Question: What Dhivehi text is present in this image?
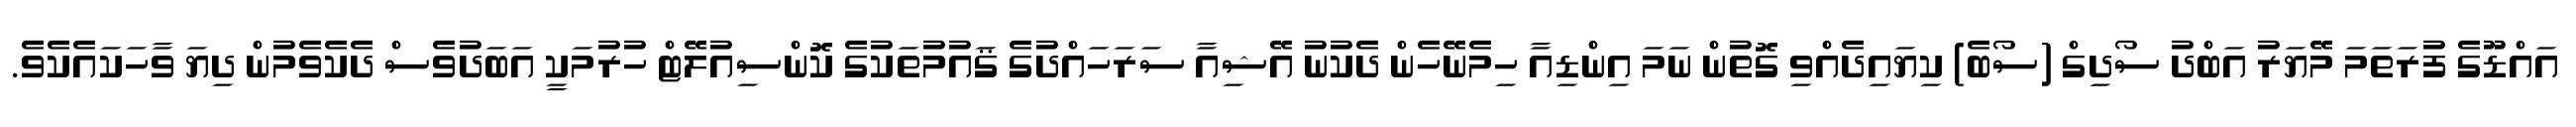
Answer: އައްޑޫގެ ފުރަތަމަ މޭޔަރު އަބްދު ސޯދިގް (ސޯބެ) ކިޔައިދެއްވި ގޮތުން ނަމަ އިންޑިއާ ހިމެނޭހެން ދެކުނު އޭޝިއާ ސަރަހައްދުގެ ޤައުމުތަކުގެ ކޮންސިއުލޭޓް ހުރުމަކީ އަބަދުވެސް ދެކެވެމުން ދިޔަ ވާހަކައެކެވެ.